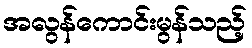
အလွန်ကောင်းမွန်သည့်